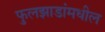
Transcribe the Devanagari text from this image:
फुलझाडांमधील